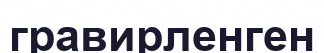
гравирленген